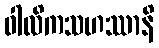
ဝါလိကသဟဿာနိ